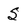
Character: S